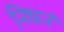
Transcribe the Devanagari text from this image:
निधनं